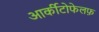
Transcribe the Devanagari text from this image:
आर्कीटोफेलफ़